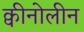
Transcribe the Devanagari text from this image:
क्वीनोलीन